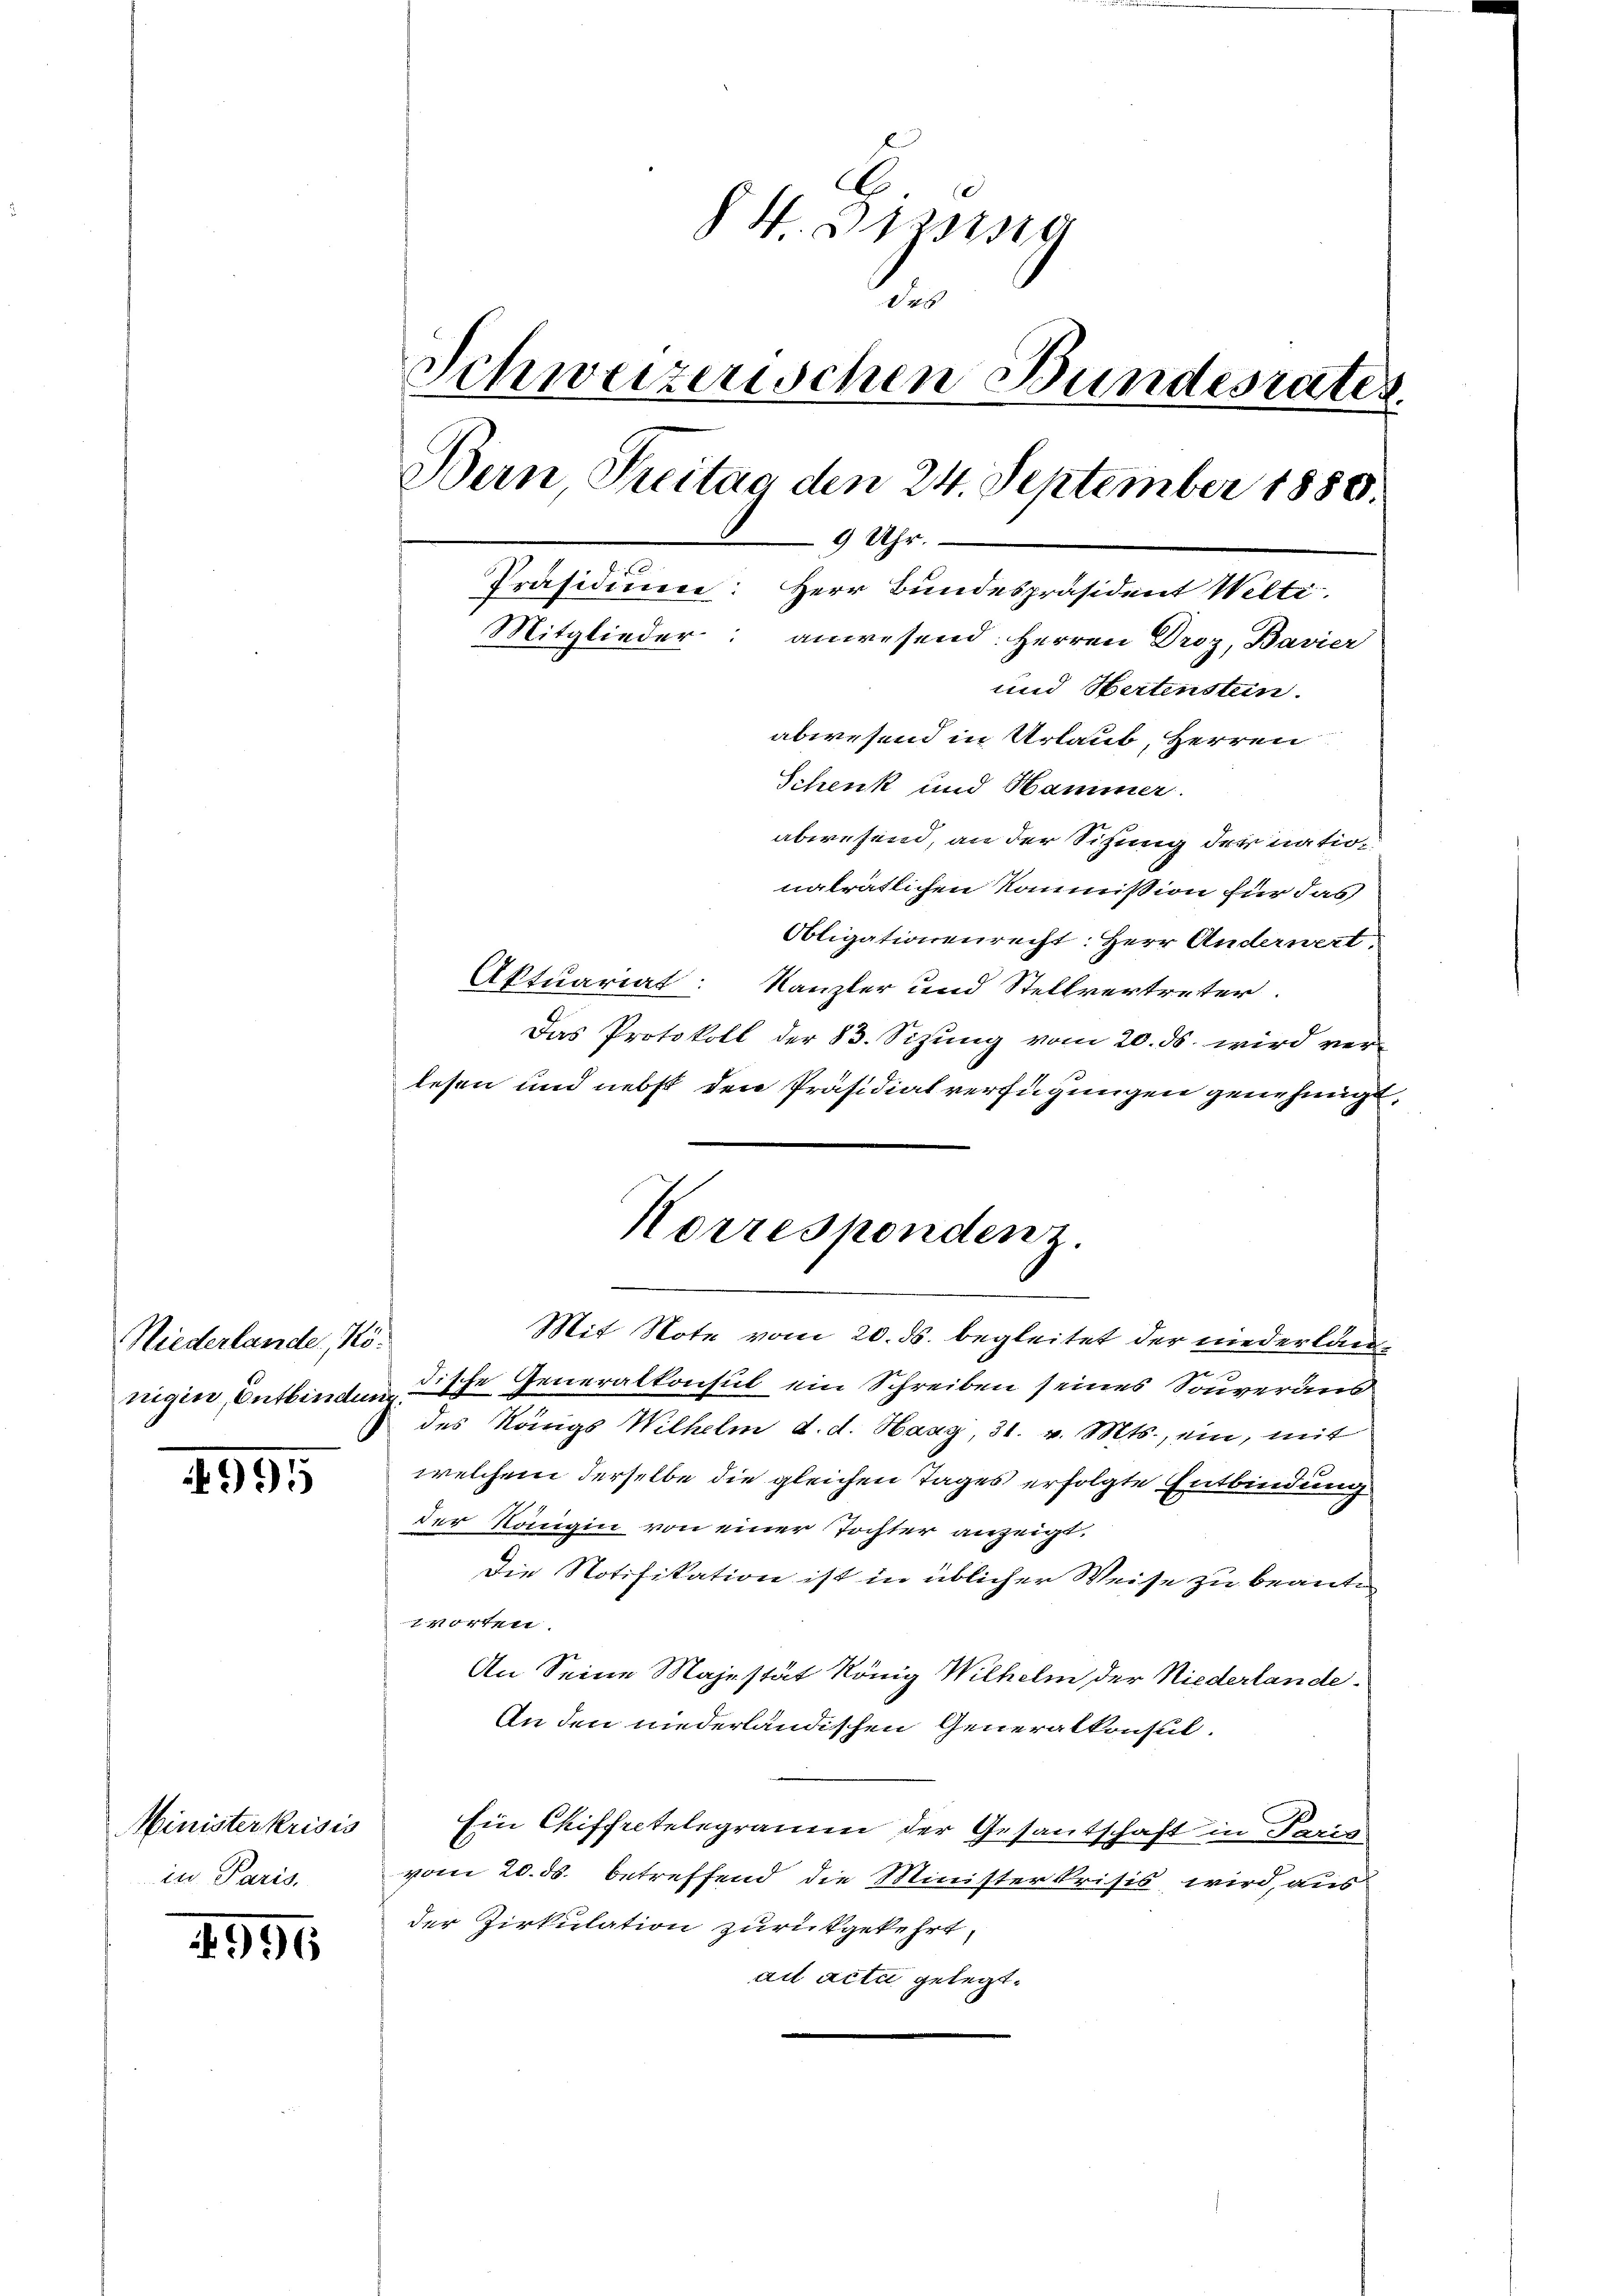
Niederlande, Königen, Entbindung.

995

Ministerkrisis
in Paris

1996

C.
 H. Dies
des
Schweizerischen Bundesrates.
Bern Treitan den 24. September 1880.
9 Uhr.
Präsidium: Herr Bundespräsident Welti.
Mitglieder: anwesend: Herren Droz, Bavier
und Hartensten.
abwesend in Urlaub, Herren
Schenk und Hammer.
abwesend, an der Sitzung der natio¬

nalrätlichen Kommission für das
Obligationenrecht: Herr Anderwert.
Aktuariat: Kanzler und Stellvertreter
Das Protokoll der 83. Sizung vom 20. ds. wird verlesen und nebst den Präsidialverfügungen genehmigt,
Mit Note vom 20. ds. begleitet der niederlane
tische Generalkonsul ein Schreiben seines Souveransdes Königs Wilhelm d. d. Haag, 31. v. Mts., ein, mit
welchem derselbe die gleichen Tages erfolgte Entbindung
der Köngin von einer Tochter anzeigt.
Die Notifikation ist in üblicher Weise zu beanten
1404.
An Seine Majestät König Wilhelm, der Niederlande
An den niederländischen Generalkonsul-
Ein Chiffretelegramm der Gesantschaft in Paris
vom 20. ds. betreffend die Ministerkrisis wird, aus
der Zirkulation zurückgekehrt.
ad acta gelegt.

Korrespondenz.